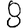
Digit: 8